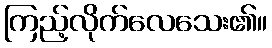
ကြည့်လိုက်လေသေး၏။